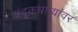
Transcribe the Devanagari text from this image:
बंदूकधार्‍यांवर